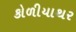
કોળીયાથર